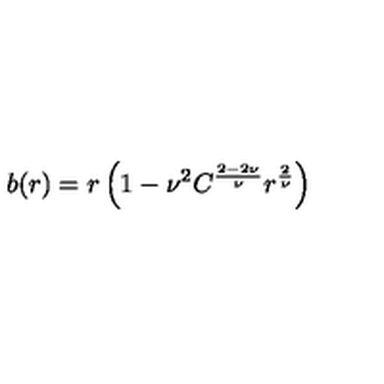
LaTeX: b ( r ) = r \left( 1 - { \nu } ^ { 2 } C ^ { \frac { 2 - 2 \nu } { \nu } } r ^ { \frac { 2 } { \nu } } \right)